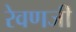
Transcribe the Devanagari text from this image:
रेवणजी